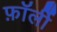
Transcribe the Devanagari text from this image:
फ़ॉर्ली